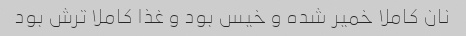
نان کاملا خمیر شده و خیس بود و غذا کاملا ترش بود